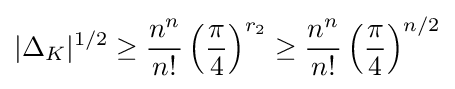
|\Delta _{K}|^{1/2}\geq {\frac {n^{n}}{n!}}\left({\frac {\pi }{4}}\right)^{r_{2}}\geq {\frac {n^{n}}{n!}}\left({\frac {\pi }{4}}\right)^{n/2}